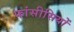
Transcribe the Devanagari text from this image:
फांसीसियों